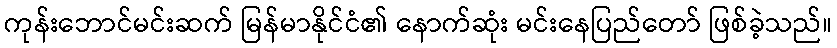
ကုန်းဘောင်မင်းဆက် မြန်မာနိုင်ငံ၏ နောက်ဆုံး မင်းနေပြည်တော် ဖြစ်ခဲ့သည်။